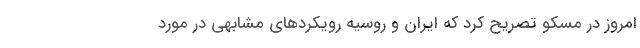
امروز در مسکو تصریح کرد که ایران و روسیه رویکردهای مشابهی در مورد